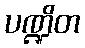
ပဏ္ဍိတ